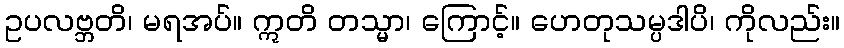
ဥပလဗ္ဘတိ၊ မရအပ်။ ဣတိ တသ္မာ၊ ကြောင့်။ ဟေတုသမ္ပဒါပိ၊ ကိုလည်း။